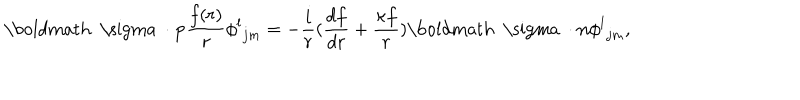
LaTeX: { { \mathrm { \boldmath ~ \ s i g m a ~ } } \cdot { \bf p } } { \frac { f ( r ) } { r } } { \phi ^ { l } } _ { j m } = - { \frac { i } { r } } ( { \frac { d f } { d r } } + { \frac { \kappa f } { r } } ) { { \mathrm { \boldmath ~ \ s i g m a ~ } } \cdot { \bf n } } { \phi ^ { l } } _ { j m } ,